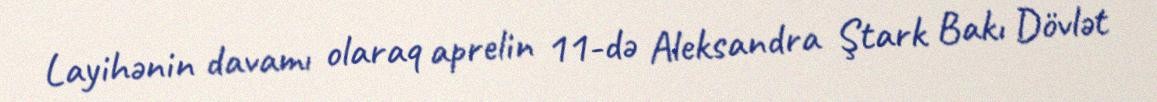
Layihənin davamı olaraq aprelin 11-də Aleksandra Ştark Bakı Dövlət